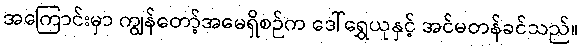
အကြောင်းမှာ ကျွန်တော့်အမေရှိစဉ်က ဒေါ်ရွှေယုနှင့် အင်မတန်ခင်သည်။